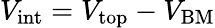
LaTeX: V_{\mathrm{int}}=V_{\mathrm{top}}-V_{\mathrm{BM}}